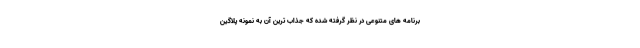
برنامه های متنوعی در نظر گرفته شده که جذاب ترین آن به نمونه پلاگین